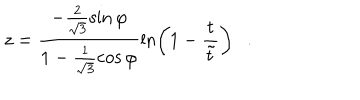
z = \frac { - \frac { 2 } { \sqrt { 3 } } \sin { \varphi } } { 1 - \frac { 1 } { \sqrt { 3 } } \cos { \varphi } } \ln \left( 1 - \frac { t } { \tilde { t } } \right) .